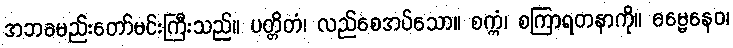
အဘခမည်းတော်မင်းကြီးသည်။ ပတ္တိတံ၊ လည်စေအပ်သော။ စက္ကံ၊ စကြာရတနာကို။ ဓမ္မေနေဝ၊